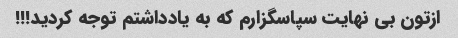
ازتون بی نهایت سپاسگزارم که به یادداشتم توجه کردید!!!